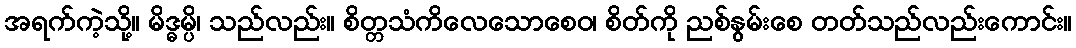
အရက်ကဲ့သို့။ မိဒ္ဓမ္ပိ၊ သည်လည်း။ စိတ္တသံကိလေသောစေဝ၊ စိတ်ကို ညစ်နွမ်းစေ တတ်သည်လည်းကောင်း။